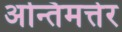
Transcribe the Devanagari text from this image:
अन्तिमत्तेर